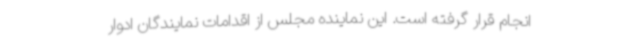
انجام قرار گرفته است. این نماینده مجلس از اقدامات نمایندگان ادوار